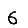
Digit: 6